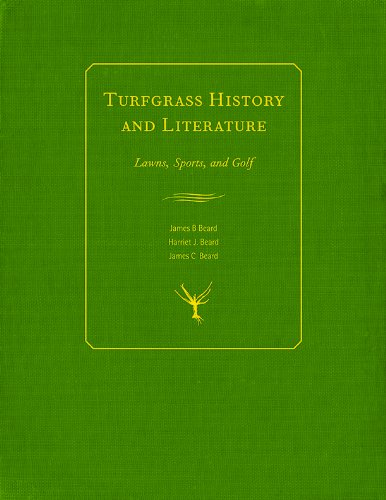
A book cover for Turfgrass History and Literature: Lawns, Sports, and Golf; James B Beard; Crafts, Hobbies & Home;